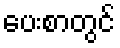
ပေးစာတွင်